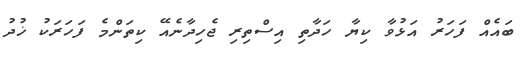
ބައެއް ފަހަރު އަޅުވާ ކިޔާ ހަދާތި އިސްތިރި ޖެހިދާނެއޭ ކިތަންމެ ފަހަރަކު ޚުދު